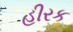
હીરક